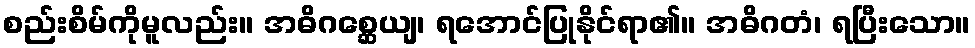
စည်းစိမ်ကိုမူလည်း။ အဓိဂစ္ဆေယျ၊ ရအောင်ပြုနိုင်ရာ၏။ အဓိဂတံ၊ ရပြီးသော။